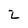
Character: z